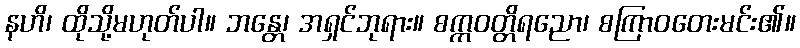
နဟိ၊ ထိုသို့မဟုတ်ပါ။ ဘန္တေ၊ အရှင်ဘုရား။ စက္ကဝတ္တိရညော၊ စကြာဝတေးမင်း၏။